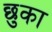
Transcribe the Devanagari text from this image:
छुका